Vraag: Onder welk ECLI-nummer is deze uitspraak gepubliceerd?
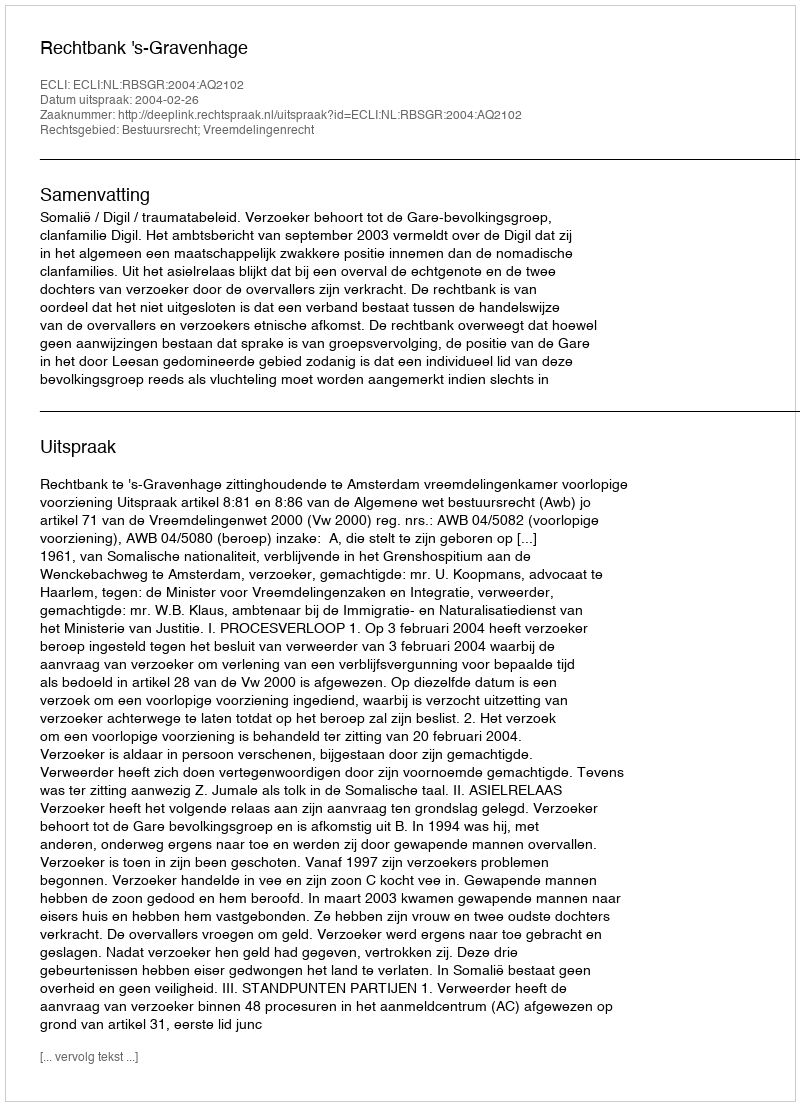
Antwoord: ECLI:NL:RBSGR:2004:AQ2102